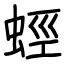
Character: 蛵